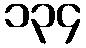
၁၃၄